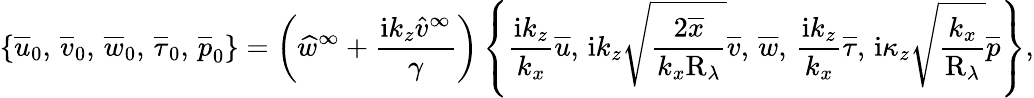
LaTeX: \left\lbrace\overline{{u}}_{0},\, \overline{{v}}_{0},\, \overline{{w}}_{0},\, \overline{{\tau}}_{0},\, \overline{{p}}_{0}\right\rbrace=\left(\widehat{w}^{\infty}+\frac{\mathrm{i}k_{z}\widehat{v}^{\infty}}{\gamma}\right)\left\lbrace\frac{\mathrm{i}k_{z}}{k_{x}}\overline{{u}},\, \mathrm{i}k_{z}\sqrt{\frac{2\overline{{x}}}{k_{x}\mathrm{R}_{\lambda}}}\overline{{v}},\, \overline{{w}},\, \frac{\mathrm{i}k_{z}}{k_{x}}\overline{{\tau}},\, \mathrm{i}\kappa_{z}\sqrt{\frac{k_{x}}{\mathrm{R}_{\lambda}}}\overline{{p}}\right\rbrace,